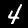
Label: 4